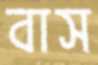
বাস